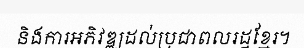
និងការអភិវឌ្ឍដល់ប្រជាពលរដ្ឋខ្មែរ។